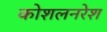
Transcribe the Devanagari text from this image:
कोशलनरेश